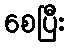
စေပြီး